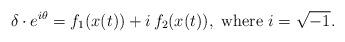
LaTeX: \begin{align*} \delta\cdot e^{i\theta}=f_1(x(t))+i\, f_2(x(t)),\mbox{ where } i=\sqrt{-1}. \end{align*}